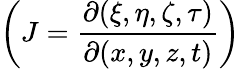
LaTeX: \bigg(J=\frac{\partial(\xi,\eta,\zeta,\tau)}{\partial(x,y,z,t)}\bigg)